Annual administration report of the Civil Veterinary Department, Ajmere-Merwara, British Rajputana - 1914-1940
Year: 1914
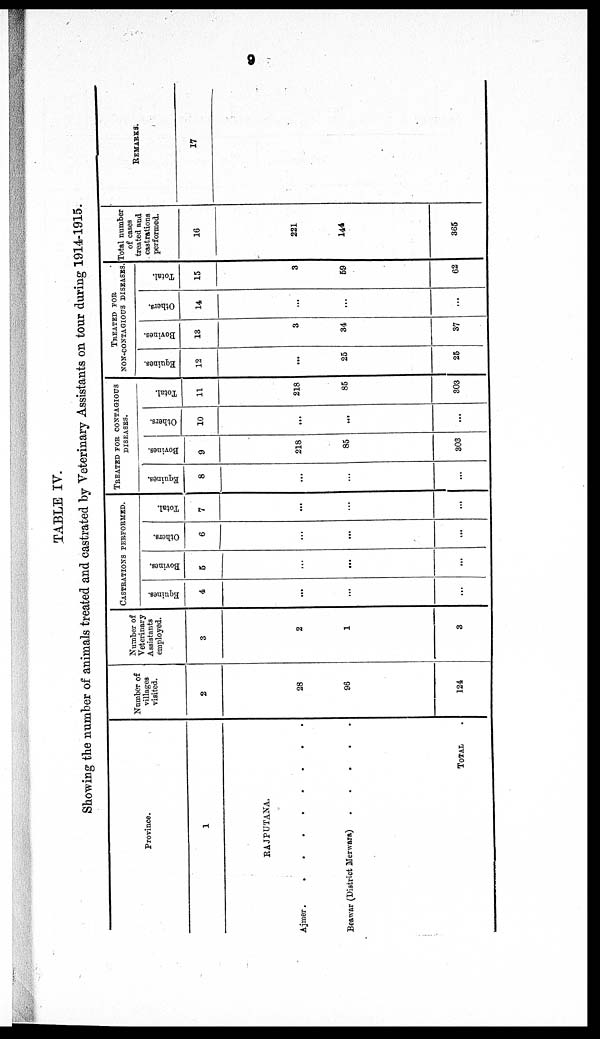
9
TABLE IV.
Showing the number of animals treated and castrated by Veterinary Assistants on tour during 1914-1915.
Province.
1
RAJPUTANA.
Ajmer . . . . . . .
Beawar (District Merwara)
.
.
.
.
.
TOTAL .
Number of
villages
visited.
2
28
96
124
Number of
Veterinary
Assistants
employed.
3
2
1
3
CASTRATIONS PERFORMED.
Equines.
4
...
...
...
Bovines.
5
...
...
...
Others.
6
...
...
...
Total.
7
...
...
...
TREATED FOR CONTAGIOUS
DISEASES.
Equines.
8
...
...
...
Bovines.
9
218
85
303
Others.
10
...
...
...
Total.
11
218
85
303
TREATED FOR
NON-CONTAGIOUS DISEASES.
Equines.
12
...
25
25
Bovines.
13
3
34
37
Others.
14
...
...
...
Total.
15
3
59
62
Total number
of cases
treated and
castrations
performed.
16
221
144
365
REMARKS.
17